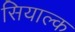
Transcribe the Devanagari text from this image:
सियाल्क